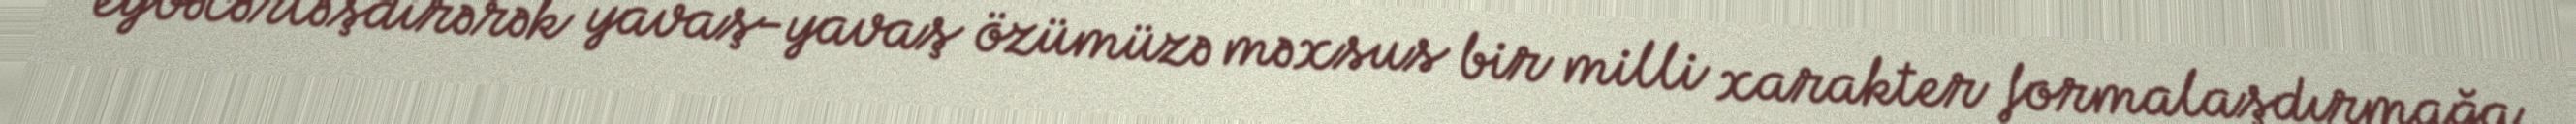
eybəcərləşdirərək yavaş-yavaş özümüzə məxsus bir milli xarakter formalaşdırmağa